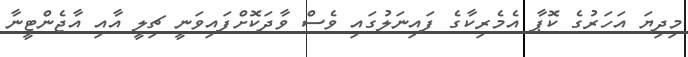
މިދިޔަ އަހަރުގެ ކޮޕާ އެމެރިކާގެ ފައިނަލުގައި ވެސް ވާދަކޮށްފައިވަނީ ޗިލީ އާއި އާޖެންޓީނާ